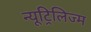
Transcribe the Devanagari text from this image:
न्यूट्रिलिज्म